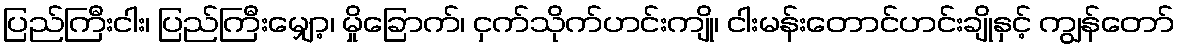
ပြည်ကြီးငါး၊ ပြည်ကြီးမျှော့၊ မှိုခြောက်၊ ငှက်သိုက်ဟင်းကျို၊ ငါးမန်းတောင်ဟင်းချိုနှင့် ကျွန်တော်